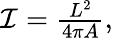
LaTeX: \begin{array}{r}{\mathcal{I}=\frac{L^{2}}{4\pi A},}\end{array}